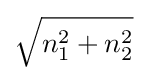
{\sqrt {n_{1}^{2}+n_{2}^{2}}}